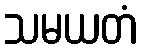
သမယတံ